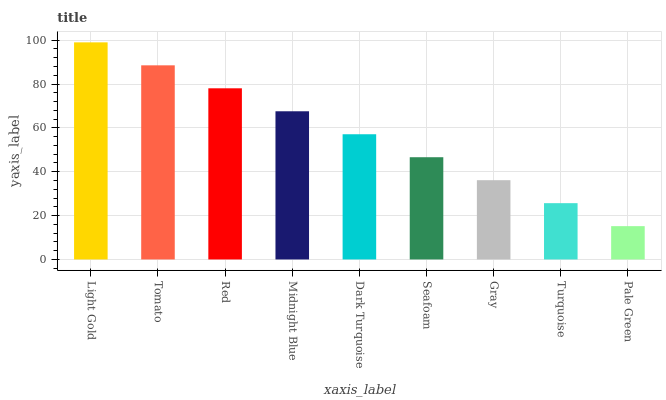
| xaxis_label | bars |
 | --- | --- |
 | Light Gold | 99 |
 | Tomato | 88.5 |
 | Red | 78 |
 | Midnight Blue | 67.6 |
 | Dark Turquoise | 57.1 |
 | Seafoam | 46.6 |
 | Gray | 36.1 |
 | Turquoise | 25.7 |
 | Pale Green | 15.2 |